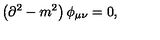
\left( \partial ^ { 2 } - m ^ { 2 } \right) \phi _ { \mu \nu } = 0 ,